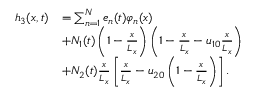
\begin{array} { r l } { h _ { 3 } ( x , t ) } & { = \sum _ { n = 1 } ^ { N } e _ { n } ( t ) \varphi _ { n } ( x ) } \\ & { + N _ { 1 } ( t ) \left( 1 - \frac { x } { L _ { x } } \right) \left( 1 - \frac { x } { L _ { x } } - u _ { 1 0 } \frac { x } { L _ { x } } \right) } \\ & { + N _ { 2 } ( t ) \frac { x } { L _ { x } } \left[ \frac { x } { L _ { x } } - u _ { 2 0 } \left( 1 - \frac { x } { L _ { x } } \right) \right] . } \end{array}